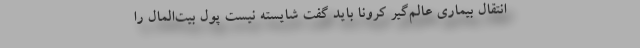
انتقال بیماری عالم‌گیر کرونا باید گفت شایسته نیست پول بیت‌المال را